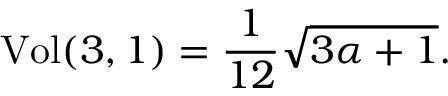
\mathrm { V o l } ( 3 , 1 ) = \frac { 1 } { 1 2 } \sqrt { 3 \alpha + 1 } .